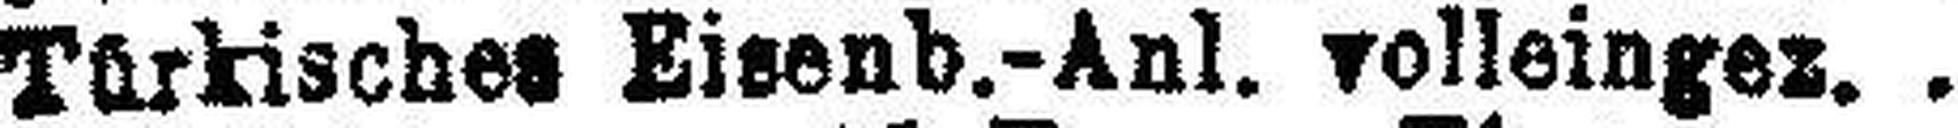
Türkisches Eisenb.-Anl. volleinger.